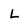
Character: L